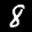
Label: 8